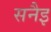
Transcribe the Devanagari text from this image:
सनैइ